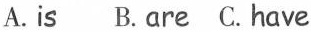
A.is B. are C.have